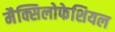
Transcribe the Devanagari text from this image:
मैक्सिलोफेशियल